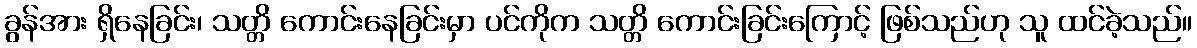
ခွန်အား ရှိနေခြင်း၊ သတ္တိ ကောင်းနေခြင်းမှာ ပင်ကိုက သတ္တိ ကောင်းခြင်းကြောင့် ဖြစ်သည်ဟု သူ ထင်ခဲ့သည်။